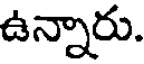
ఉన్నారు.